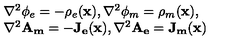
\begin{array} { l } { \nabla ^ { 2 } \phi _ { e } = - \rho _ { e } ( \mathbf { x } ) , \nabla ^ { 2 } \phi _ { m } = \rho _ { m } ( \mathbf { x } ) , } \\ { \nabla ^ { 2 } \mathbf { A _ { m } } = - \mathbf { J _ { e } } ( \mathbf { x } ) , \nabla ^ { 2 } \mathbf { A _ { e } } = \mathbf { J _ { m } } ( \mathbf { x } ) } \\ \end{array}